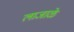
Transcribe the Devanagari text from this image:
लाजाळे